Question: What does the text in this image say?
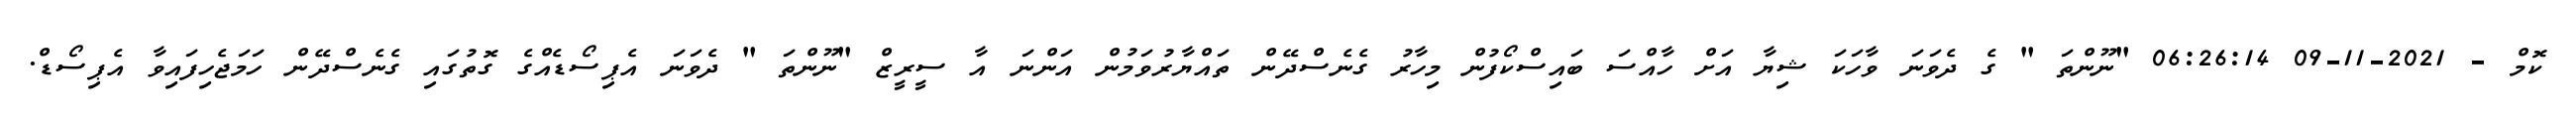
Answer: ކޮމް - 2021-11-09 06:26:14 "ނޫންތަ " ގެ ދެވަނަ ވާހަކަ ޝިޔާ އަށް ހާއްސަ ބައިސްކޯފުން މިހާރު ގެނެސްދޭން ތައްޔާރުވަމުން އަންނަ އާ ސީރީޒް "ނޫންތަ " ދެވަނަ އެޕިސޯޑެއްގެ ގޮތުގައި ގެނެސްދޭން ހަމަޖެހިފައިވާ އެޕިސޯޑް.